Report on plague and inoculation in the Punjab from October 1st ... to September 30th..., being the ... season of plague in the province
Disease focus: Plague
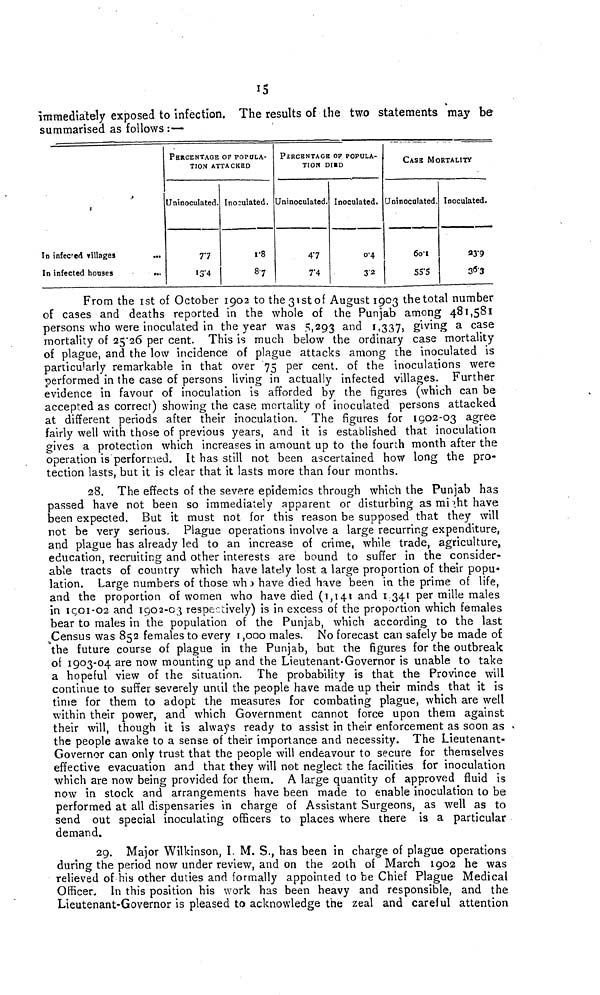
15
immediately exposed to infection. The results of the two statements may be
summarised as follows :—
In infected villages
In infected houses
...
...
PERCENTAGE OF POPULA-
TION ATTACKED
Uninoculated.
77
13.4
Inoculated.
1.8
8.7
PERCENTAGE OF POPULA-
TION DIED
Uninoculated.
4.7
7.4
Inoculated.
0.4
3.2
CASE MORTALITY
Uninoculated.
60.1
55.5
Inoculated.
23.9
36.3
From the 1st of October 1902 to the 31st of August 1903 the total number
of cases and deaths reported in the whole of the Punjab among 481,581
persons who were inoculated in the year was 5,293 and 1,337, giving a case
mortality of 25.26 per cent. This is much below the ordinary case mortality
of plague, and the low incidence of plague attacks among the inoculated is
particularly remarkable in that over 75 per cent. of the inoculations were
performed in the case of persons living in actually infected villages. Further
evidence in favour of inoculation is afforded by the figures (which can be
accepted as correct) showing the case mortality of inoculated persons attacked
at different periods after their inoculation. The figures for 1902-03 agree
fairly well with those of previous years, and it is established that inoculation
gives a protection which increases in amount up to the fourth month after the
operation is performed. It has still not been ascertained how long the pro-
tection lasts, but it is clear that it lasts more than four months.
28. The effects of the severe epidemics through which the Punjab has
passed have not been so immediately apparent or disturbing as might have
been expected. But it must not for this reason be supposed that they will
not be very serious. Plague operations involve a large recurring expenditure,
and plague has already led to an increase of crime, while trade, agriculture,
education, recruiting and other interests are bound to suffer in the consider-
able tracts of country which have lately lost a large proportion of their popu-
lation. Large numbers of those who have died have been in the prime of life,
and the proportion of women who have died (1,141 and 1,341 per mille males
in 1901-02 and 1902-03 respectively) is in excess of the proportion which females
bear to males in the population of the Punjab, which according to the last
Census was 852 females to every 1,000 males. No forecast can safely be made of
the future course of plague in the Punjab, but the figures for the outbreak
of 1903-04 are now mounting up and the Lieutenant-Governor is unable to take
a hopeful view of the situation. The probability is that the Province will
continue to suffer severely until the people have made up their minds that it is
time for them to adopt the measures for combating plague, which are well
within their power, and which Government cannot force upon them against
their will, though it is always ready to assist in their enforcement as soon as
the people awake to a sense of their importance and necessity. The Lieutenant-
Governor can only trust that the people will endeavour to secure for themselves
effective evacuation and that they will not neglect the facilities for inoculation
which are now being provided for them. A large quantity of approved fluid is
now in stock and arrangements have been made to enable inoculation to be
performed at all dispensaries in charge of Assistant Surgeons, as well as to
send out special inoculating officers to places where there is a particular
demand.
29. Major Wilkinson, I. M. S., has been in charge of plague operations
during the period now under review, and on the 20th of March 1902 he was
relieved of his other duties and formally appointed to be Chief Plague Medical
Officer. In this position his work has been heavy and responsible, and the
Lieutenant-Governor is pleased to acknowledge the zeal and careful attention